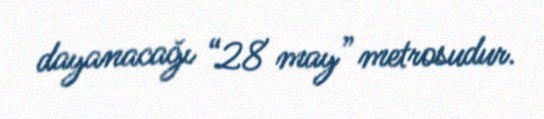
dayanacağı “28 may” metrosudur.